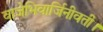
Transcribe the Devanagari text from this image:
वाजेभिवार्जिनीवती।